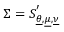
\Sigma = S _ { \underline { { \theta } } , \underline { { \mu } } , \underline { { \nu } } } ^ { ' }